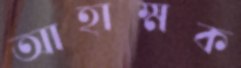
আহাম্মক